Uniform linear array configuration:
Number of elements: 48
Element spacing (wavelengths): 0.75
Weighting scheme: hann
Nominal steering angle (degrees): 0
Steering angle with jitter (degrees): -1.567
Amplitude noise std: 0.05
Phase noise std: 0.05

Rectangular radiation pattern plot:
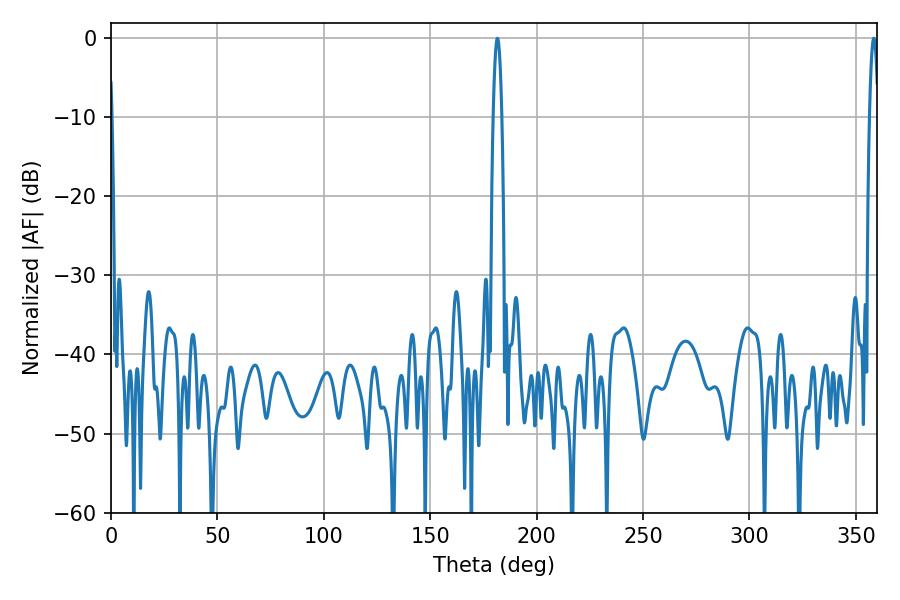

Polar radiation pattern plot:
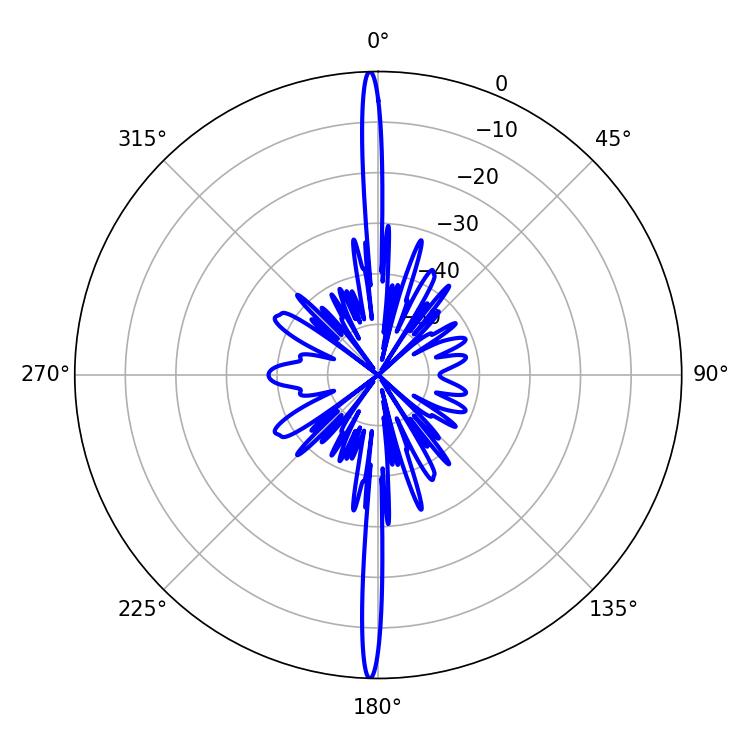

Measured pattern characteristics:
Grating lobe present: TRUE
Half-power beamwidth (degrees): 2.16
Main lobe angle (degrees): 181.62